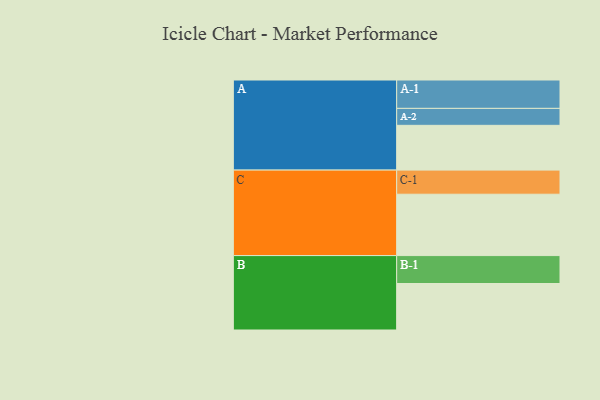
{"axis": {"x": "Segment", "y": "Value"}, "legend": ["", "A", "B", "C"], "data": [{"x": "A", "y": 388, "type": ""}, {"x": "B", "y": 403, "type": ""}, {"x": "C", "y": 532, "type": ""}, {"x": "A-1", "y": 246, "type": "A"}, {"x": "A-2", "y": 147, "type": "A"}, {"x": "B-1", "y": 242, "type": "B"}, {"x": "C-1", "y": 209, "type": "C"}]}